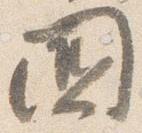
国